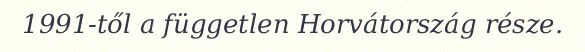
1991-től a független Horvátország része.